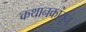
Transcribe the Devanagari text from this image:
कथानकांतून